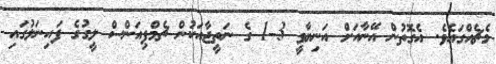
މެޗެއްގައެވެ. އެގޮތުން އޭނާއަށް އަނިޔާވީ 3-1 ގެ ނަތީޖާއަކުން ޗެމްޕިއަންސް ލީގުގެ ފައިނަލުގައި